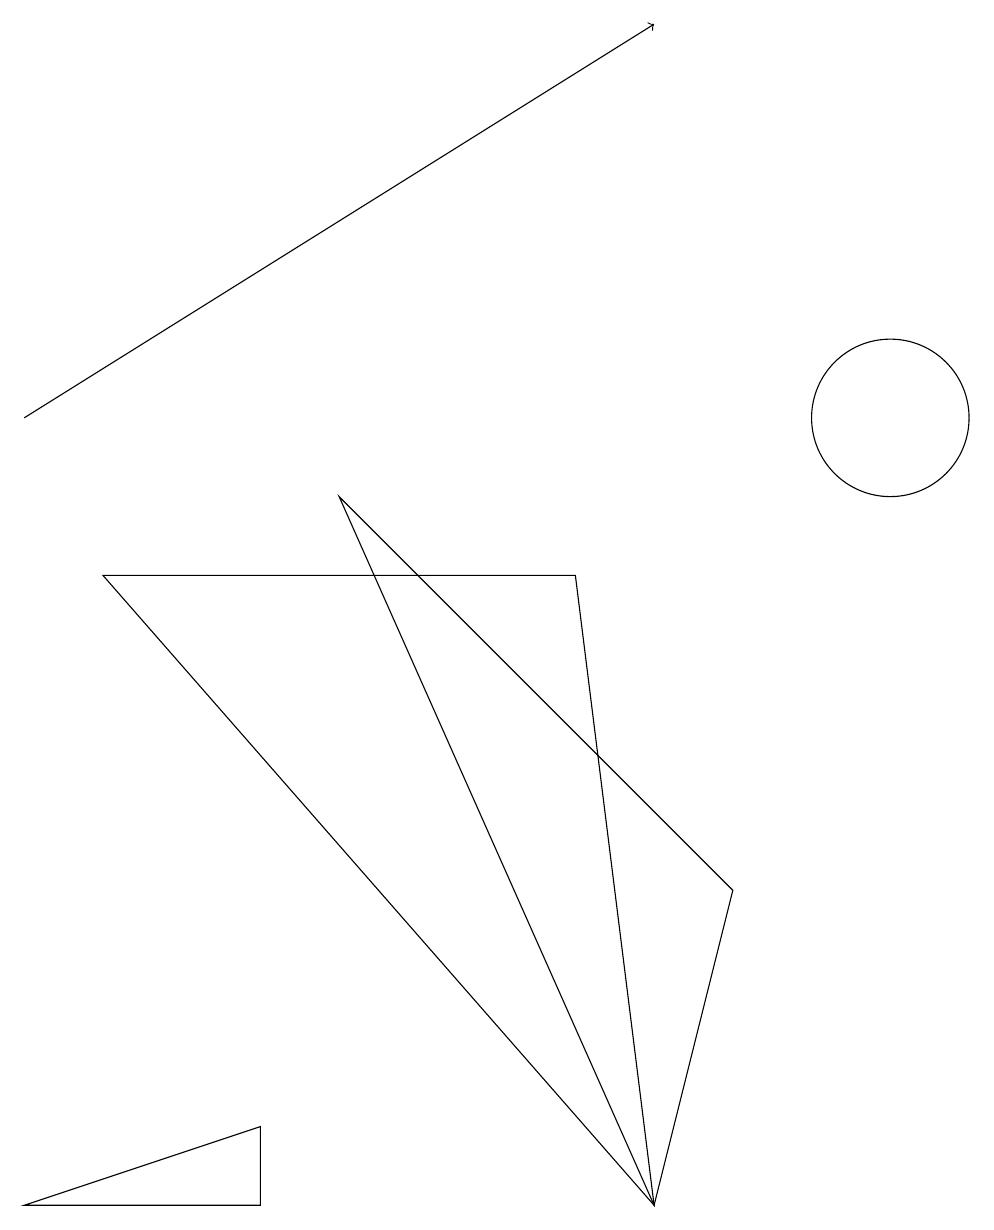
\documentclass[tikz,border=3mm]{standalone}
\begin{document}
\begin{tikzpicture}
\draw (3,0) -- (0,0) -- (3,1) -- cycle;
\draw[->] (0,10) -- (8,15);
\draw (8,0) -- (1,8) -- (7,8) -- cycle;
\draw (8,0) -- (9,4) -- (4,9) -- cycle;
\draw (11,10) circle (1);
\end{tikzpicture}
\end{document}